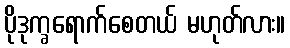
ပိုဒုက္ခရောက်စေတယ် မဟုတ်လား။